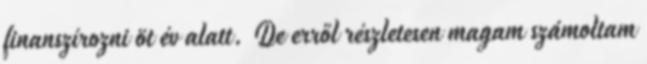
finanszírozni öt év alatt. De erről részletesen magam számoltam